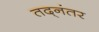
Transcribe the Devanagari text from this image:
तद्‌नंतर